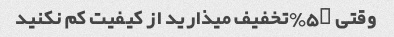
وقتی ۵۰٪تخفیف میذارید از کیفیت کم نکنید